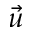
\vec { u }